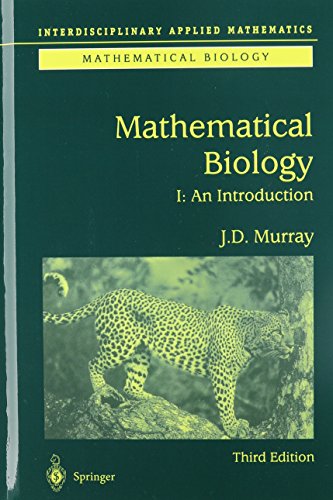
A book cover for Mathematical Biology: I. An Introduction (Interdisciplinary Applied Mathematics) (Pt. 1); James D. Murray; Science & Math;